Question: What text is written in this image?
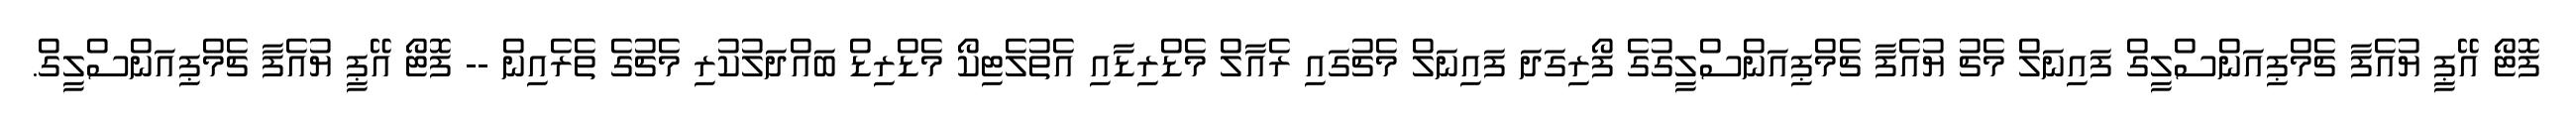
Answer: ފޮޓޯ އޭޕީ ޔުއެފާ ޗެމްޕިއަންސްލީގް ފައިނަލް މެޗު ޔުއެފާ ޗެމްޕިއަންސްލީގުގެ ފޯރިގަދަ ފައިނަލް މެޗުގައި ރެއާލް މެޑްރިޑާއި އެތުލެޓިކޯ މެޑްރިޑް ބައްދަލުކުރި މެޗުގެ ތެރެއިން -- ފޮޓޯ އޭޕީ ޔުއެފާ ޗެމްޕިއަންސްލީގް.